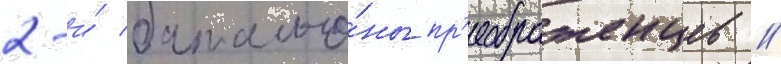
2-и́ батальо́ны пр'еображенцев /